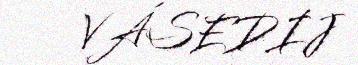
VÁSEDIJ